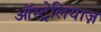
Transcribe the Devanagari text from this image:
ऑस्ट्रेलियाज़